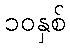
၁၀နှစ်